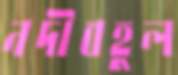
নদীবহুল